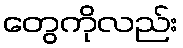
တွေကိုလည်း